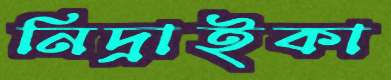
নিদ্রাইকা